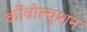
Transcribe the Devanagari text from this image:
कोंवोल्युशन